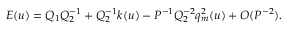
E ( u ) = Q _ { 1 } Q _ { 2 } ^ { - 1 } + Q _ { 2 } ^ { - 1 } k ( u ) - P ^ { - 1 } Q _ { 2 } ^ { - 2 } q _ { m } ^ { 2 } ( u ) + { \cal O } ( P ^ { - 2 } ) .